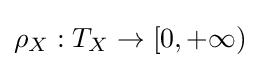
\rho _{X}:T_{X}\to [0,+\infty )